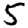
Digit: 5